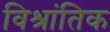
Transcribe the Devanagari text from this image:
विश्रांतिक